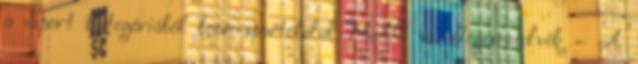
a Sport kategóriából boon-sportoldal MAC vs. Jegesmedvék – A